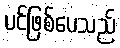
ပင်ဖြစ်ပေသည်